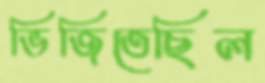
ভিজিতেছিল